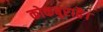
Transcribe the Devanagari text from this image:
कोकबुराहै।